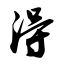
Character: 得